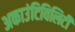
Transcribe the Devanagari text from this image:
अकाउंटिविलिटी